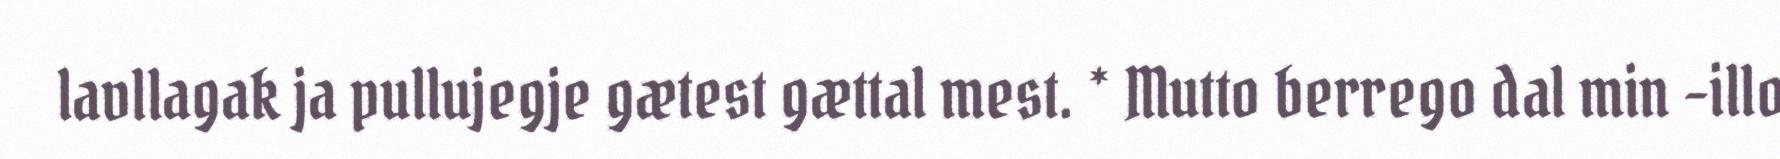
lavllagak ja pullujegje gætest gættal mest. * Mutto berrego dal min -illo